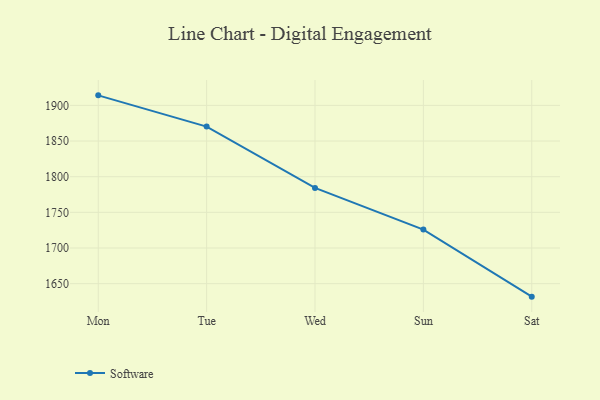
{"axis": {"x": "Day", "y": "Headcount"}, "legend": ["Software"], "data": [{"x": "Mon", "y": 1914.1, "type": "Software"}, {"x": "Tue", "y": 1870.3, "type": "Software"}, {"x": "Wed", "y": 1784.3, "type": "Software"}, {"x": "Sun", "y": 1725.8, "type": "Software"}, {"x": "Sat", "y": 1631.8, "type": "Software"}]}